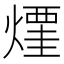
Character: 𰟜